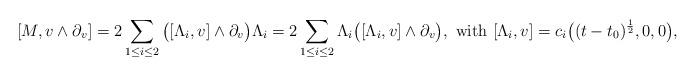
LaTeX: \begin{align*}[M, v\wedge \partial_v]=2\sum_{1\leq i\leq 2}\big([\Lambda_i , v]\wedge \partial_v\big)\Lambda_i=2\sum_{1\leq i\leq 2}\Lambda_i\big([\Lambda_i , v]\wedge \partial_v\big), \textrm{ with } [\Lambda_i , v]=c_i\big ((t-t_0)^{1\over 2}, 0, 0\big ),\end{align*}